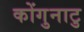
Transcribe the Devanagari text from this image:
कोंगुनाटु